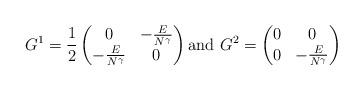
LaTeX: \begin{align*}G^1=\frac{1}{2}\begin{pmatrix}0& -\frac{E}{N^\gamma}\\-\frac{E}{N^\gamma}&0\end{pmatrix}\textrm{and }G^2=\begin{pmatrix}0& 0\\0&-\frac{E}{N^\gamma}\end{pmatrix}\end{align*}